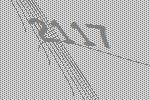
2117